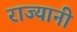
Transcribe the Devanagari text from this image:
राज्यानी